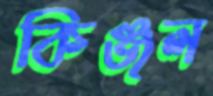
কিঞ্জল